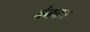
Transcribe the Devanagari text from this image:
वेनका